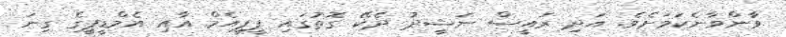
ވާންވާނެކަމަށެވެ. އަދި ރައީސް ނަޝީދު ދެކޭ ގޮތުގައި ޕީޕީއެމް އާއި އެމްޑީޕީގެ ގިނަ